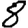
Digit: 8